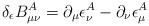
\begin{align*}\delta_\epsilon B^A_{\mu \nu} = \partial_\mu \epsilon^A_\nu- \partial_\nu \epsilon^A_\mu\end{align*}